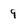
Character: 9